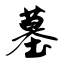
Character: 墓